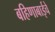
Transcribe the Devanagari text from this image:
बहिणाबाईचे